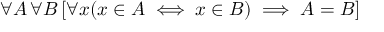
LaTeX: \forall A \, \forall B \, [ \forall x ( x \in A \iff x \in B ) \implies A = B ]